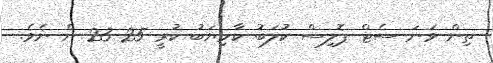
ތިން ވަނަ ސެޓް ޕޮލިސް ކުލަބު ކާމިޔަބު ކުރީ 25-23 ން ނެވެ.